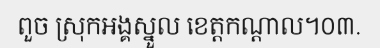
ពួច ស្រុកអង្គស្នួល ខេត្តកណ្តាល។០៣.